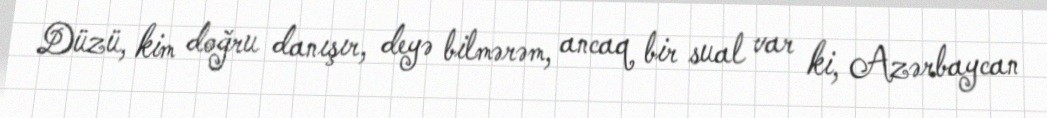
Düzü, kim doğru danışır, deyə bilmərəm, ancaq bir sual var ki, Azərbaycan